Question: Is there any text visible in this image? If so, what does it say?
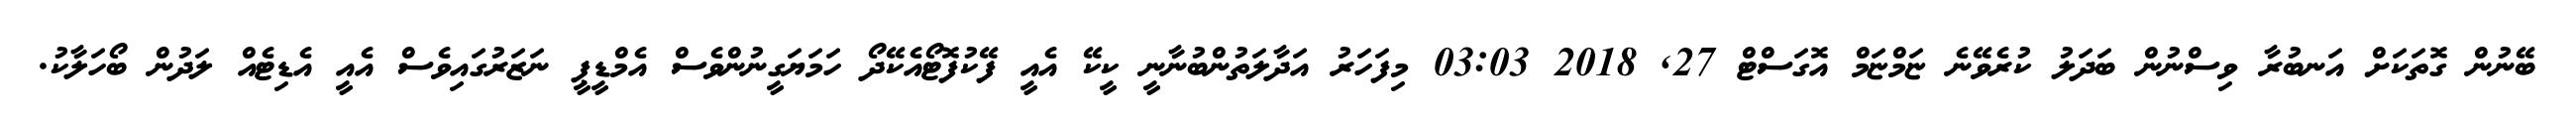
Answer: ބޭނުން ގޮތަކަށް އަނބުރާ ވިސްނުން ބަދަލު ކުރެވޭނެ ޏަމްޏަމް އޮގަސްޓް 27, 2018 03:03 މިފަހަރު އަދާލަތުންބުނާނީ ކީކޭ އެއީ ފޭކުފޮޓޯއެކޭދޯ ހަމަޔަގީނުންވެސް އެމްޑީޕީ ނަޒަރުގައިވެސް އެއީ އެޑިޓެއް ލަދުން ބޯހަލާކު.